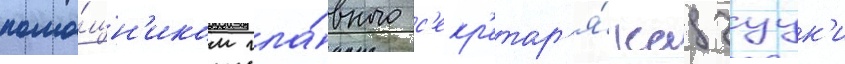
помо́щн'иком гла́вного с'екр'етар'я́ кадзуук'и